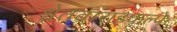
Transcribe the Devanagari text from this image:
श्वेतवाराहकल्पे